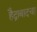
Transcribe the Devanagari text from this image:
हैद्राबादचा